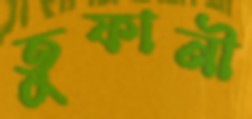
তুফানী